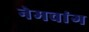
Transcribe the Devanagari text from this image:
नेमवांग